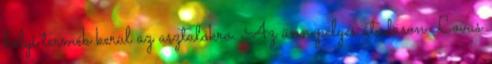
helyi termék kerül az asztalokra. Az ünnepélyes átadáson Lovas